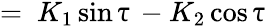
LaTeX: =\ K_{1}\sin\uptau-K_{2}\cos\uptau